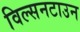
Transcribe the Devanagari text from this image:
विल्सनटाउन